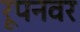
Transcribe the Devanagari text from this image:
रूपनवर